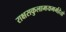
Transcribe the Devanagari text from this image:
राक्षसकुलामयमर्महेतो